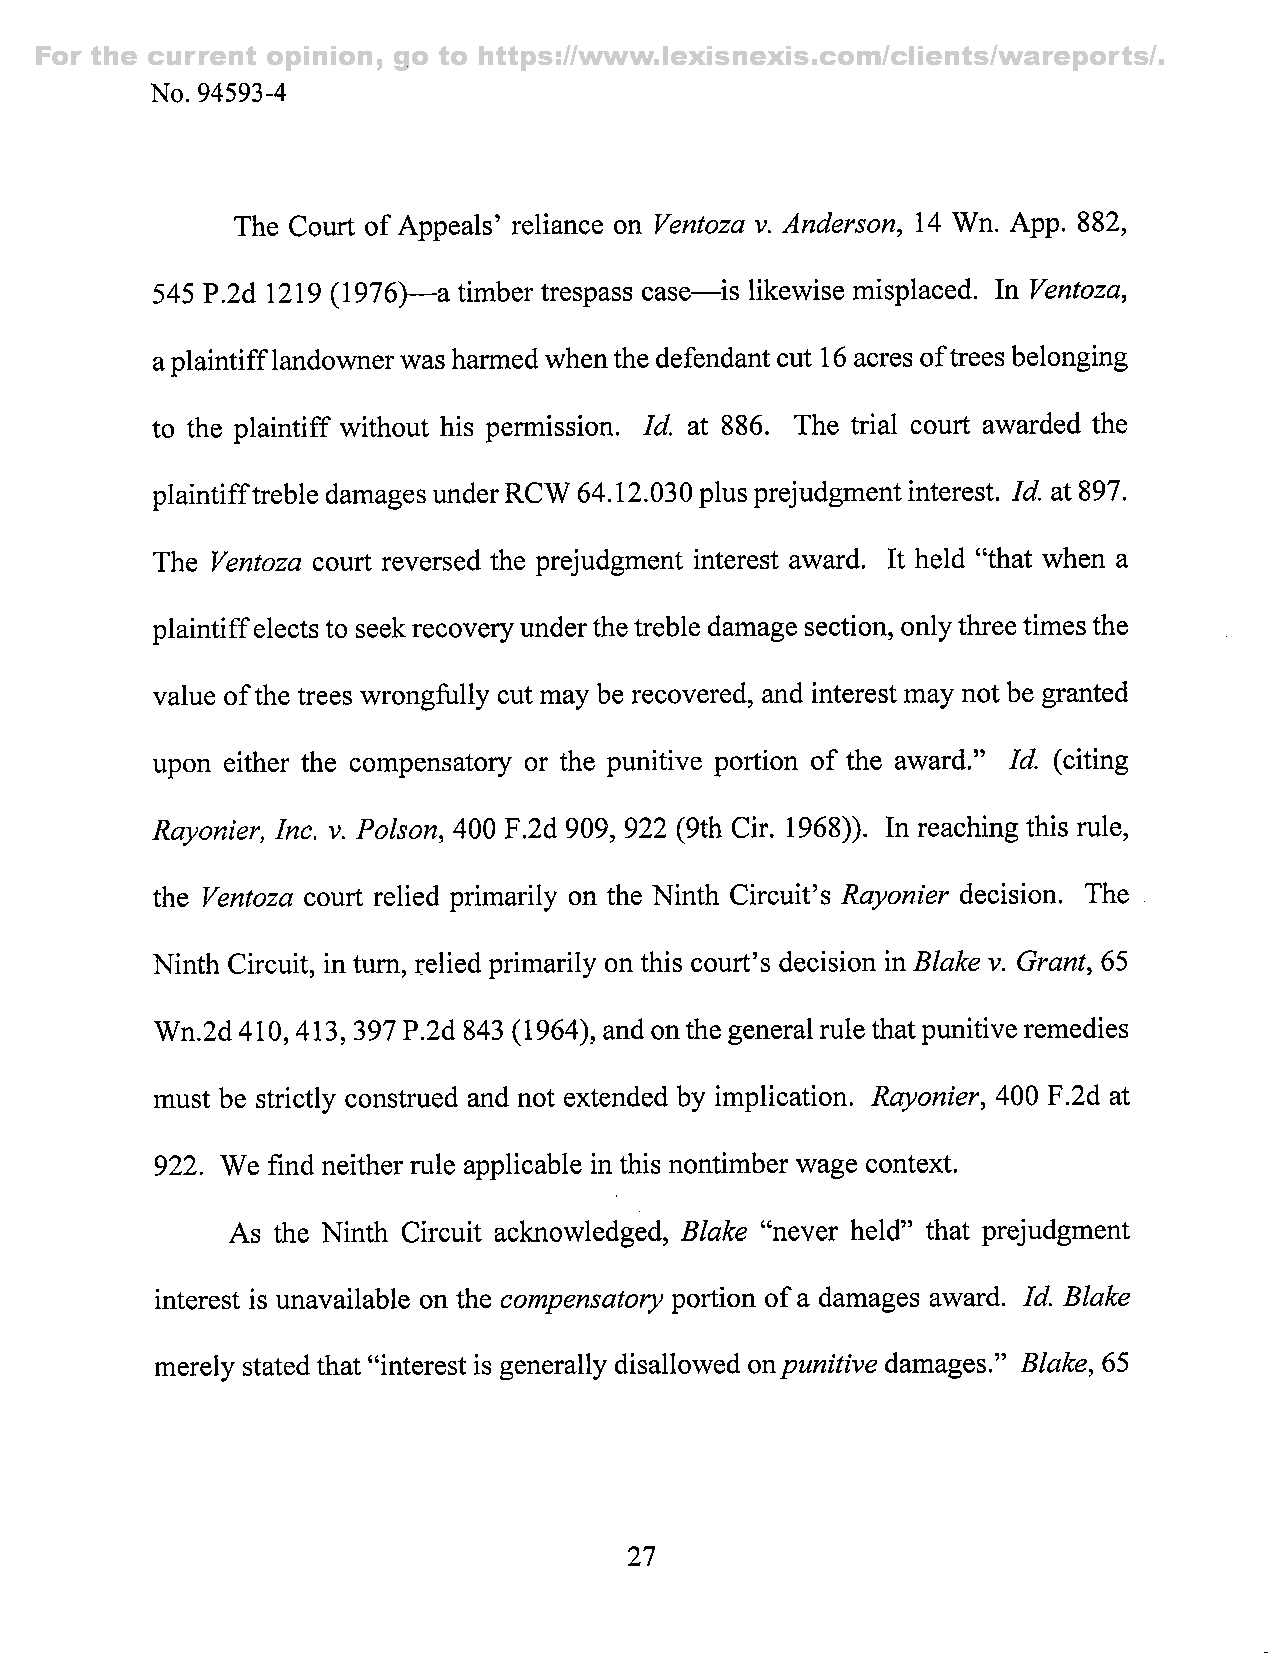
For the current opinion, go to https://www.lexisnexis.com/clients/wareports/.
 No. 94593-4
 The Court of Appeals' reliance on Ventoza v. Anderson, 14 Wn. App. 882,
 545 P.2d 1219( 1976)—a timber trespass case—is likewise misplaced. In Ventoza,
 a plaintiff landowner was harmed when the defendant cut 16 acres oft rees belonging
 to the plaintiff without his permission. Id. at 886. The trial court awarded the
 plaintifft reble damages under RCW 64.12.030 plus prejudgment interest. Id. at 897.
 The Ventoza court reversed the prejudgment interest award. It held "that when a
 plaintiff elects to seek recovery under the treble damage section, only three times the
 value of the trees wrongfully cut may be recovered, and interest may not be granted
 upon either the compensatory or the punitive portion of the award." Id. (citing
 Rayonier, Inc. v. Poison, 400 F.2d 909, 922 (9th Cir. 1968)). In reaching this rule,
 the Ventoza court relied primarily on the Ninth Circuit's Rayonier decision. The
 Ninth Circuit, in turn, relied primarily on this court's decision in Blake v. Grant, 65
 Wn.2d 410, 413, 397 P.2d 843( 1964), and on the general rule that punitive remedies
 must be strictly construed and not extended by implication. Rayonier, 400 F.2d at
 922. We find neither rule applicable in this nontimber wage context.
 As the Ninth Circuit acknowledged, Blake "never held" that prejudgment
 interest is unavailable on the compensatory portion of a damages award. Id. Blake
 merely stated that "interest is generally disallowed on punitive damages." Blake, 65
 27